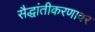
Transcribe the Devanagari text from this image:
सैद्धांतीकरणावर